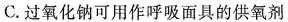
C.过氧化钠可用作呼吸面具的供氧剂